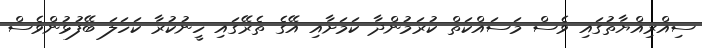
ސިއްރިއްޔާތުގައި ވެސް މަސައްކަތް ކުރަމުންދާ ކަމަށާއި އޭގެ ތެރޭގައި ހީނުކުރާ ކަހަލަ ބޭފުޅުންވެސް